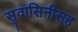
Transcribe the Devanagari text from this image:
सुवासिनीसह